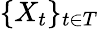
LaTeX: \{ X_{t}\} _{t\in T}